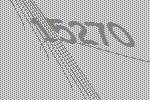
15270